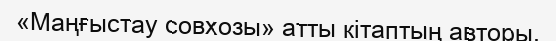
«Маңғыстау совхозы» атты кітаптың авторы.